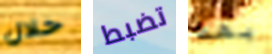
خلال تضبط بهذا